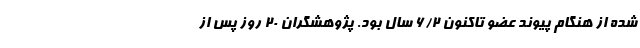
شده از هنگام پیوند عضو تاکنون ۶/۲ سال بود. پژوهشگران ۲۰ روز پس از